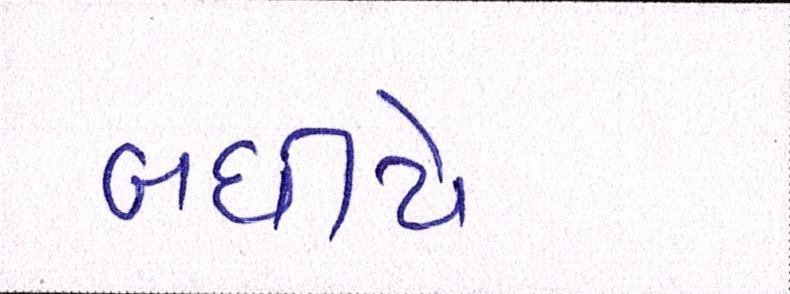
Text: બધીયે